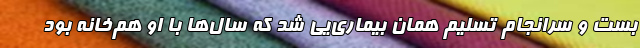
بست و سرانجام تسلیم همان بیماری‌یی شد که سال‌ها با او هم‌خانه بود